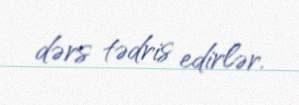
dərs tədris edirlər.